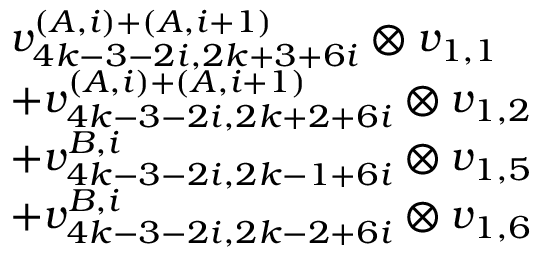
\begin{array} { r l } & { v _ { 4 k - 3 - 2 i , 2 k + 3 + 6 i } ^ { ( A , i ) + ( A , i + 1 ) } \otimes v _ { 1 , 1 } } \\ & { + v _ { 4 k - 3 - 2 i , 2 k + 2 + 6 i } ^ { ( A , i ) + ( A , i + 1 ) } \otimes v _ { 1 , 2 } } \\ & { + v _ { 4 k - 3 - 2 i , 2 k - 1 + 6 i } ^ { B , i } \otimes v _ { 1 , 5 } } \\ & { + v _ { 4 k - 3 - 2 i , 2 k - 2 + 6 i } ^ { B , i } \otimes v _ { 1 , 6 } } \end{array}